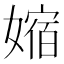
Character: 㜚